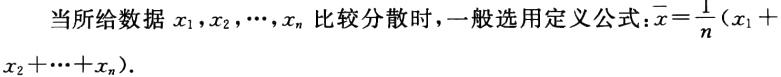
当所给数据\(x_1,x_2,\cdots,x_n\)比较分散时，一般选用定义公式：\(\overline{x}=\frac{1}{n}(x_1 + x_2+\cdots+x_n)\)。